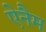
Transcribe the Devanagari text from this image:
ऐनैम